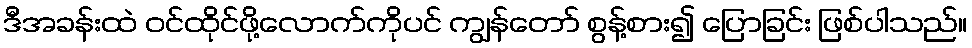
ဒီအခန်းထဲ ဝင်ထိုင်ဖို့လောက်ကိုပင် ကျွန်တော် စွန့်စား၍ ပြောခြင်း ဖြစ်ပါသည်။